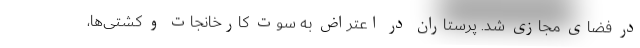
در فضای مجازی شد. پرستاران در اعتراض به سوت کارخانجات و کشتی‌ها،